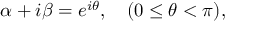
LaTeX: \alpha + i \beta = e ^ { i \theta } , ~ ~ ~ ( 0 \leq \theta < \pi ) ,